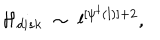
{ \cal H } _ { d i s k } \; \sim \; l ^ { [ \psi ^ { \dagger } ( l ) ] + 2 } ,